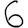
Digit: 6